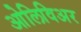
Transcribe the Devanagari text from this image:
ओलिविअर